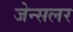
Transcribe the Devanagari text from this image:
जेन्सलर